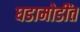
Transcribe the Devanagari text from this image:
घडामोडींत